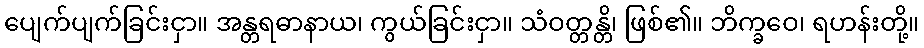
ပျေက်ပျက်ခြင်းငှာ။ အန္တရဓာနာယ၊ ကွယ်ခြင်းငှာ။ သံဝတ္တန္တိ၊ ဖြစ်၏။ ဘိက္ခဝေ၊ ရဟန်းတို့။